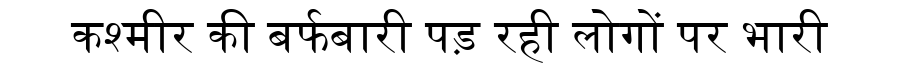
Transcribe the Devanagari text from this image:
कश्मीर की बर्फबारी पड़ रही लोगों पर भारी